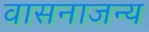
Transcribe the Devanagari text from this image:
वासनाजन्य